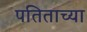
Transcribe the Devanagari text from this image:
पतिताच्या